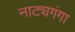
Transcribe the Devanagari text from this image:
नाट्यगंगा